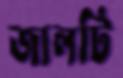
জালটি